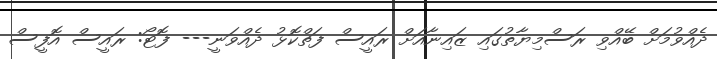
ދެއްވުމަށް ބޭއްވި ރަސްމިޔާތުގައި ޒައިނާއަށް ރައީސް ފަތްކޮޅު ދެއްވަނީ--- ފޮޓޯ: ރައީސް އޮފީސް